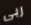
ربى